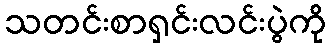
သတင်းစာရှင်းလင်းပွဲကို